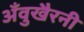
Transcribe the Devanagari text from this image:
अँवुखैरनी